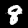
Digit: 8